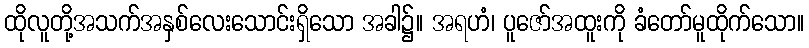
ထိုလူတို့အသက်အနှစ်လေးသောင်းရှိသော အခါ၌။ အရဟံ၊ ပူဇော်အထူးကို ခံတော်မူထိုက်သော။